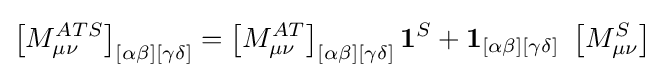
\left[M_{\mu \nu }^{ATS}\right]_{[\alpha \beta ][\gamma \delta ]}=\left[M_{\mu \nu }^{AT}\right]_{[\alpha \beta ][\gamma \delta ]}{\mathbf {1} }^{S}+{\mathbf {1} }_{[\alpha \beta ][\gamma \delta ]}\,\,\left[M_{\mu \nu }^{S}\right]